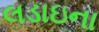
લડાઇના